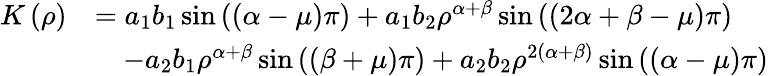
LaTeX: \begin{array}{rl}{K\left(\rho\right)}&{=a_{1}b_{1}\sin\left(\left(\alpha-\mu\right)\pi\right)+a_{1}b_{2}\rho^{\alpha+\beta}\sin\left(\left(2\alpha+\beta-\mu\right)\pi\right)}\\ &{\quad-a_{2}b_{1}\rho^{\alpha+\beta}\sin\left(\left(\beta+\mu\right)\pi\right)+a_{2}b_{2}\rho^{2\left(\alpha+\beta\right)}\sin\left(\left(\alpha-\mu\right)\pi\right)}\end{array}